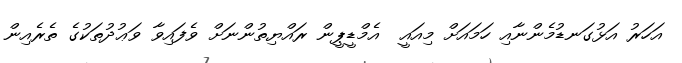
އަހަރު އަޅުގަނޑުމެންނާއި ހަމައަށް މިއައީ  އެމްޑީޕީން ރައްޔިތުންނަށް ވެފައިވާ ވަޢުދުތަކުގެ ތެރެއިން